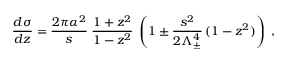
\frac { d \sigma } { d z } = \frac { 2 \pi \alpha ^ { 2 } } { s } \; \frac { 1 + z ^ { 2 } } { 1 - z ^ { 2 } } \; \left( 1 \pm \frac { s ^ { 2 } } { 2 \Lambda _ { \pm } ^ { 4 } } \, ( 1 - z ^ { 2 } ) \right) \; ,